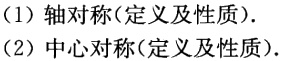
(1) 轴对称(定义及性质).

(2) 中心对称(定义及性质).